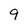
Character: 9